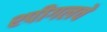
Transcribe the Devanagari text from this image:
श्पीगलचे